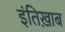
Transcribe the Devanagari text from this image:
इंतिख़ाब